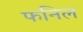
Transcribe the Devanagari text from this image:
फनिल